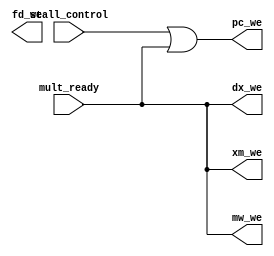
module WriteEnableController(stall_control,mult_ready,pc_we,fd_we,dx_we,xm_we,mw_we);

    input stall_control,mult_ready;
    output pc_we,fd_we,dx_we,xm_we,mw_we;


    assign dx_we = mult_ready;
    assign xm_we = mult_ready;
    assign mw_we = mult_ready;

    or pc_gate(pc_we,stall_control,mult_ready);
    //or pc_gate(pc_we,stall_control,mult_ready);






endmodule